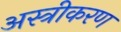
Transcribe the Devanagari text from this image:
अस्त्रीकरण